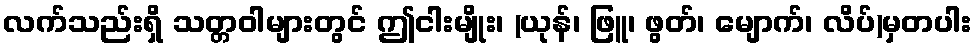
လက်သည်းရှိ သတ္တဝါများတွင် ဤငါးမျိုး၊ (ယုန်၊ ဖြူ၊ ဖွတ်၊ မျောက်၊ လိပ်)မှတပါး